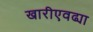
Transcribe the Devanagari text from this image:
खारीएवढ्या